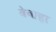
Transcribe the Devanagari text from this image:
बेबाहा